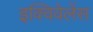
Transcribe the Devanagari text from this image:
इक्विवेलेंस